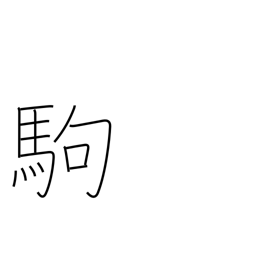
Meaning: pony